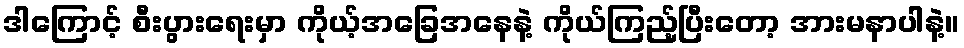
ဒါကြောင့် စီးပွားရေးမှာ ကိုယ့်အခြေအနေနဲ့ ကိုယ်ကြည့်ပြီးတော့ အားမနာပါနဲ့။